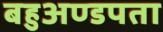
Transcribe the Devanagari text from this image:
बहुअण्डपता